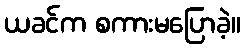
ယခင်က စကားမပြောခဲ့။